Civil Veterinary Dept. Assam report 1927-50 - 1927-1950
Year: 1927
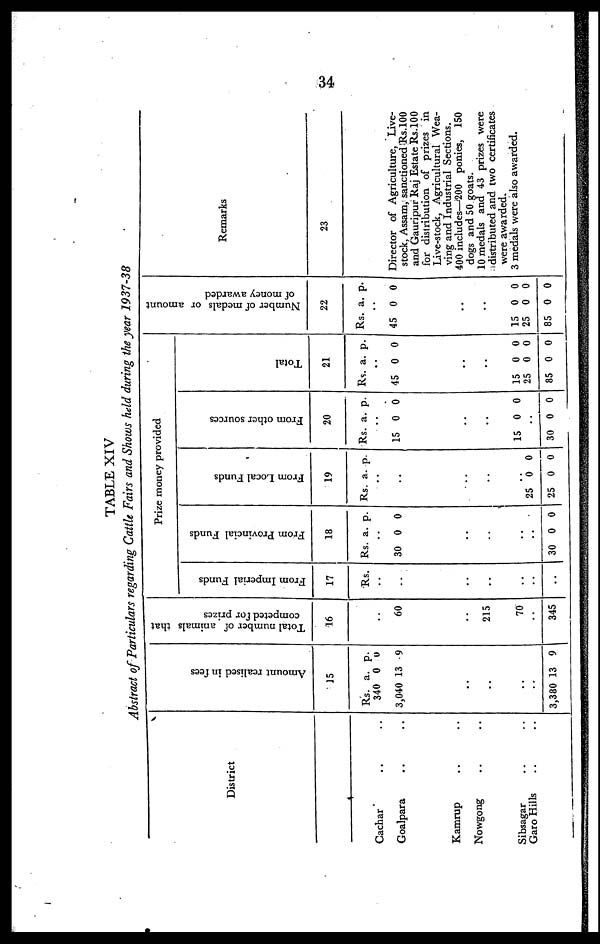
34
TABLE XIV
Abstract of Particulars regarding Cattle Fairs and Shows held during the year 1937-38
District
Cachar .. ..
Goalpara .. ..
Kamrup .. ..
Nowgong .. ..
Sibsagar .. ..
Garo Hills .. ..
Amo u n t r eal i s ed in fees
1
Rs.
340
3,040
..
..
..
..
..
3,380
5
a.
0
13
13
p.
0
9
9
Total number of animals that
competed for prizes
16
..
60
..
..
215
70
..
345
Pr i
ze money pr ovi de d
From Imperial Funds
17
Rs.
..
..
..
..
..
..
..
..
From Provincial Funds
Rs.
..
30
..
..
..
..
..
30
18
a.
0
0
p.
0
0
Fr om Local Funds
19
Rs.
..
..
..
..
..
..
25 25
a.
0
0
p.
0
0
From other sources
20
Rs.
15
..
..
..
15
..
30
a.
..
0
0
0
p.
0
0
0
Total
21
Rs.
45
..
..
..
15
25
85
a.
..
0
0
0
0
p.
0
0
0
0
Number of medals or amount
of mone y awarded
22
Rs.
..
45
..
.
..
15
25
85
a.
0
.
0
0
0
p.
0
0
0
0
Remarks
23
Director of Agriculture, Live-
stock, Assam, sanctioned Rs.100
and Gauripur Raj Estate Rs.100
for distribution of prizes in
Live-stock, Agricultural Wea-
ving and Industrial Sections.
400 includes—200 ponies, 150
dogs and 50 goats.
10 medals and 43 prizes were
adistributed and two certificates
were awarded.
3 medals were also awarded.